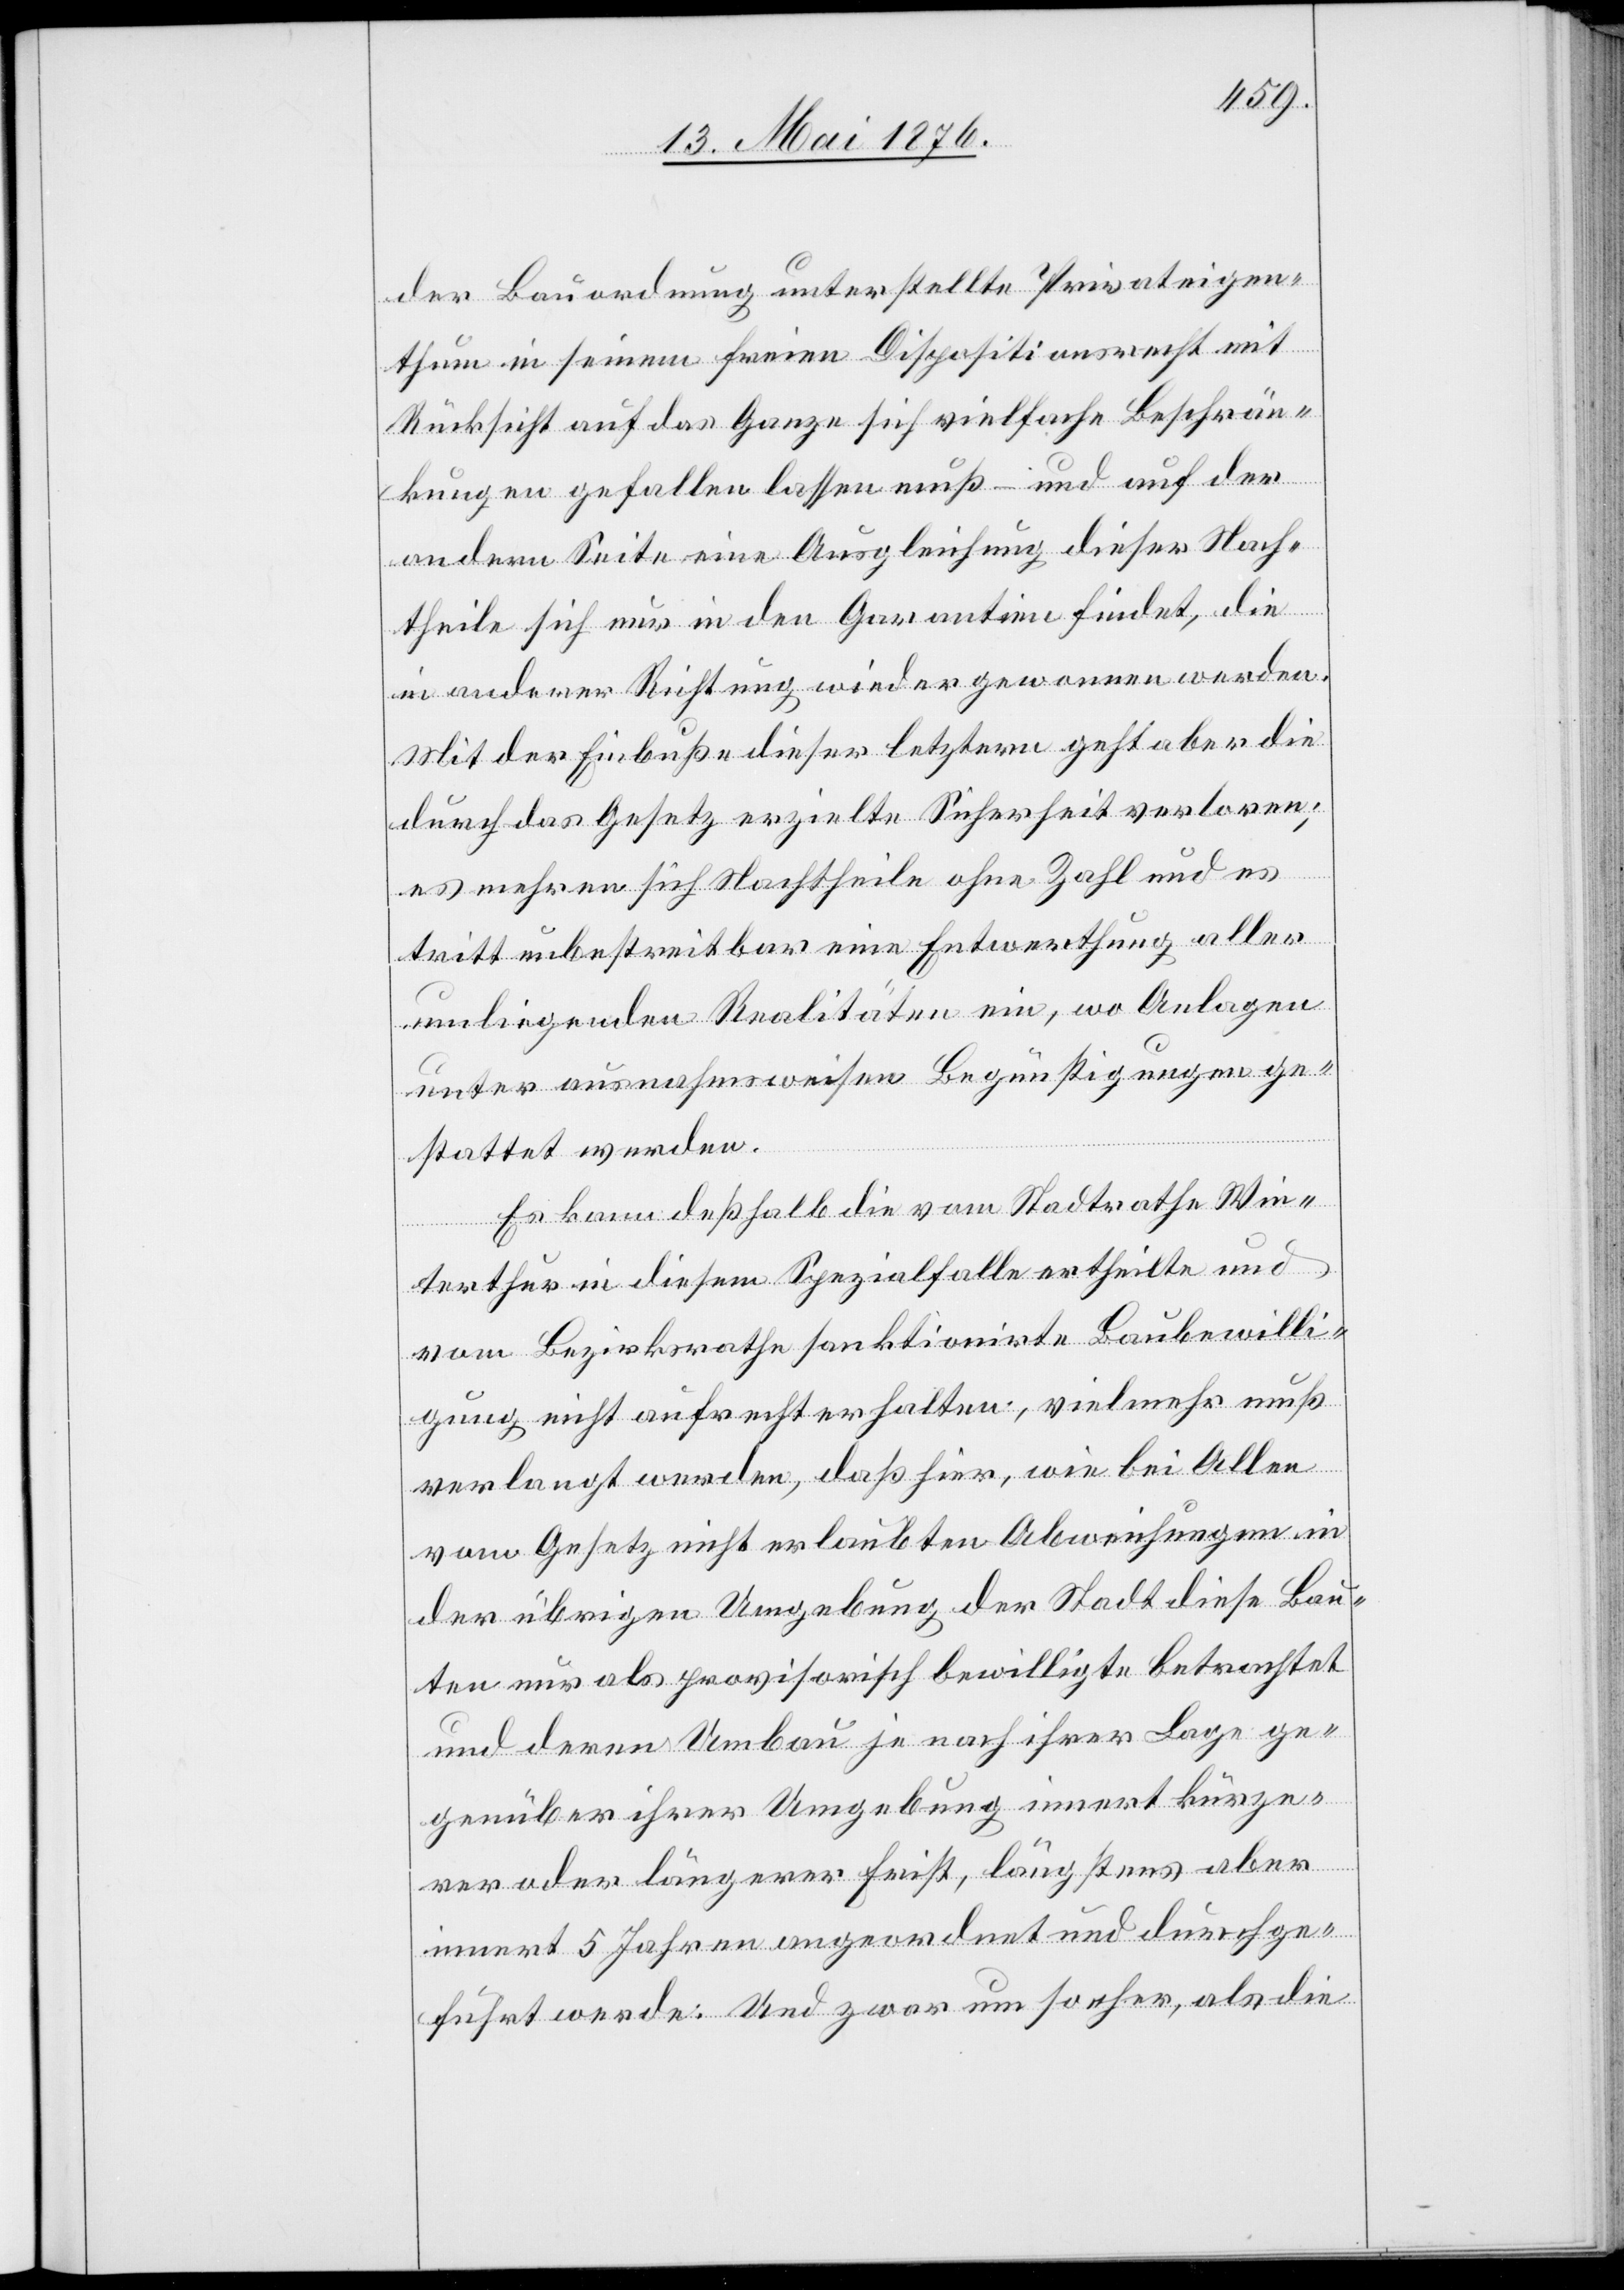
der Bauordnung unterstellte Privateigen¬
thum in seinem freien Dispositionsrecht mit
Rücksicht auf das Ganze sich vielfache Beschrän¬
kungen gefallen lassen muß – und auf der
andern Seite eine Ausgleichung dieser Nach¬
theile sich nur in den Garantien findet, die
in anderer Richtung wiedergewonnen werden.
Mit der Einbuße dieser letztern geht aber die
durch das Gesetz erzielte Sicherheit verloren;
es mehren sich Nachtheile ohne Zahl und es
tritt unbestreitbar eine Entwerthung aller
umliegenden Realitäten ein, wo Anlagen
unter ausnahmsweisen Begünstigungen ge¬
stattet werden.
Es kann deßhalb die vom Stadtrathe Win¬
terthur in diesem Spezialfalle ertheilte und
vom Bezirksrathe sanktionirte Baubewilli¬
gung nicht aufrecht erhalten, vielmehr muß
verlangt werden, daß hier, wie bei Allen
vom Gesetz nicht erlaubten Abweichungen in
der übrigen Umgebung der Stadt diese Bau¬
ten nur als provisorisch bewilligte betrachtet
und deren Umbau je nach ihrer Lage ge¬
genüber ihrer Umgebung innert kürze¬
rer oder längerer Frist, längstens aber
innert 5 Jahren angeordnet und durchge¬
führt werde: Und zwar um so eher, als die